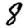
Digit: 8